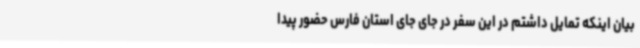
بیان اینکه تمایل داشتم در این سفر در جای جای استان فارس حضور پیدا